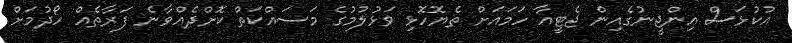
އުކުޅަސް އިންޖީނުގެއިން ޖެޓީއާ ހަމައަށް ތެޔޮހޮޅި ވަޅުލުމުގެ މަސައްކަތް ކޮށްދެއްވާނެ ފަރާތެއް ހޯދުމަށް